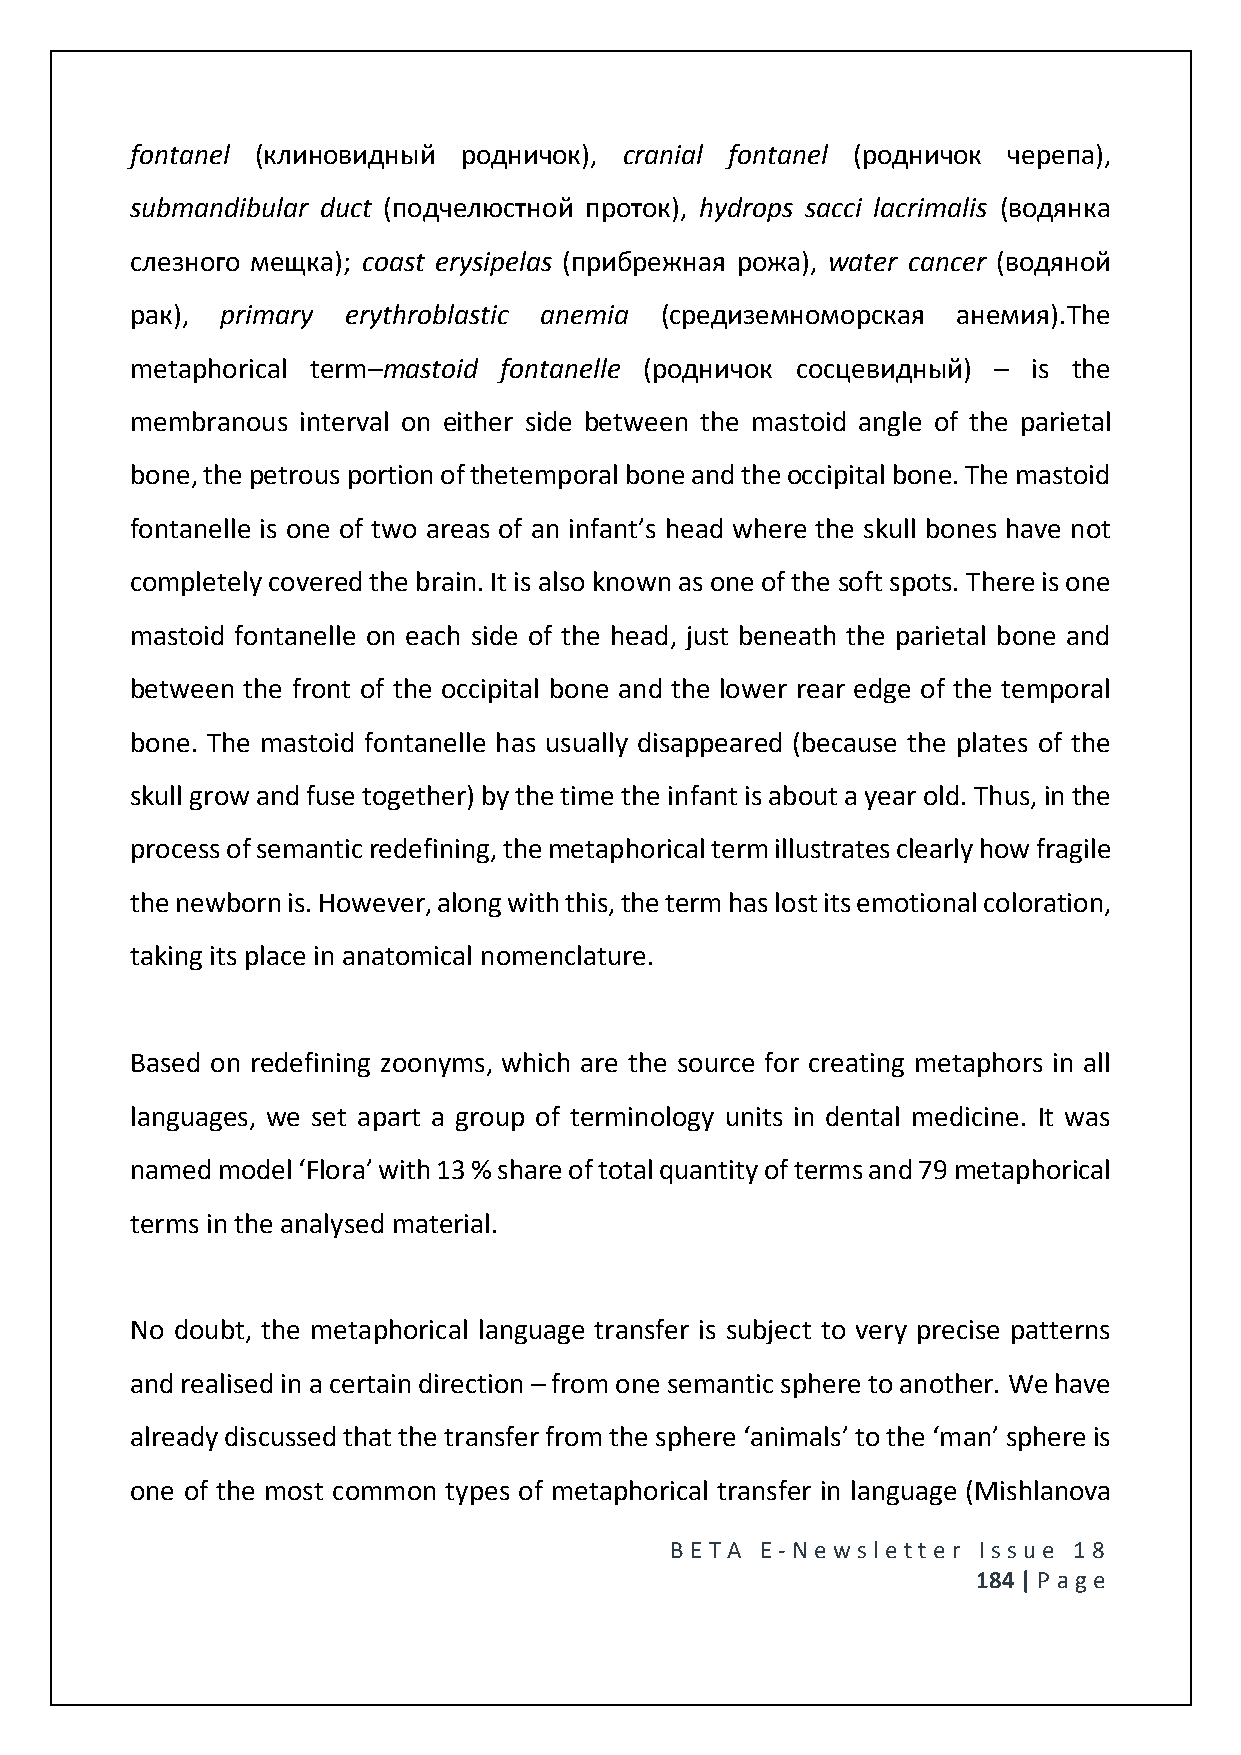
fontanel (клиновидный родничок), cranial fontanel (родничок черепа),
 submandibular duct (подчелюстной проток), hydrops sacci lacrimalis (водянка
 слезного мещка); coast erysipelas (прибрежная рожа), water cancer (водяной
 рак), primary erythroblastic anemia (средиземноморская анемия).The
 metaphorical term–mastoid fontanelle (родничок сосцевидный) – is the
 membranous interval on either side between the mastoid angle of the parietal
 bone, the petrous portion of thetemporal bone and the occipital bone. The mastoid
 fontanelle is one of two areas of an infant’s head where the skull bones have not
 completely covered the brain. It is also known as one of the soft spots. There is one
 mastoid fontanelle on each side of the head, just beneath the parietal bone and
 between the front of the occipital bone and the lower rear edge of the temporal
 bone. The mastoid fontanelle has usually disappeared (because the plates of the
 skull grow and fuse together) by the time the infant is about a year old. Thus, in the
 process of semantic redefining, the metaphorical term illustrates clearly how fragile
 the newborn is. However, along with this, the term has lost its emotional coloration,
 taking its place in anatomical nomenclature.
 Based on redefining zoonyms, which are the source for creating metaphors in all
 languages, we set apart a group of terminology units in dental medicine. It was
 named model ‘Flora’ with 13 % share of total quantity of terms and 79 metaphorical
 terms in the analysed material.
 No doubt, the metaphorical language transfer is subject to very precise patterns
 and realised in a certain direction – from one semantic sphere to another. We have
 already discussed that the transfer from the sphere ‘animals’ to the ‘man’ sphere is
 one of the most common types of metaphorical transfer in language (Mishlanova
 BE T A E -N e wsle tt e r Issue 18
 184 | P age